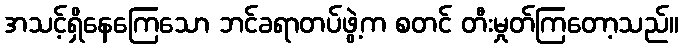
အသင့်ရှိနေကြေသော ဘင်ခရာတပ်ဖွဲ့က စတင် တီးမှုတ်ကြတော့သည်။